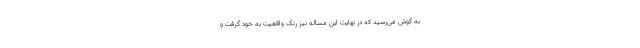
به گوش می‌رسید که در نهایت این مساله نیز رنگ واقعیت به خود گرفت و